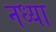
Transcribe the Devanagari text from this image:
नध्या